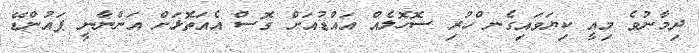
ދިމާނުވެ މިއީ ކިޔަވައިގެނ ްހުރި ސޮހޮލެއް އައްޑުއަށް ގޮސް އެއަތޮޅަށް އަންނާނީ ޕައުންޑޭ